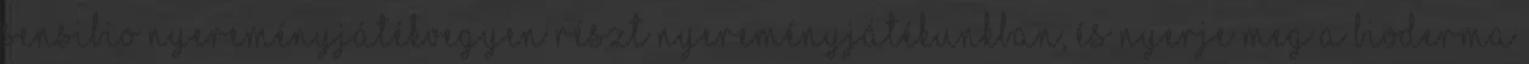
Sensibio nyereményjátékVegyen részt nyereményjátékunkban, és nyerje meg a Bioderma